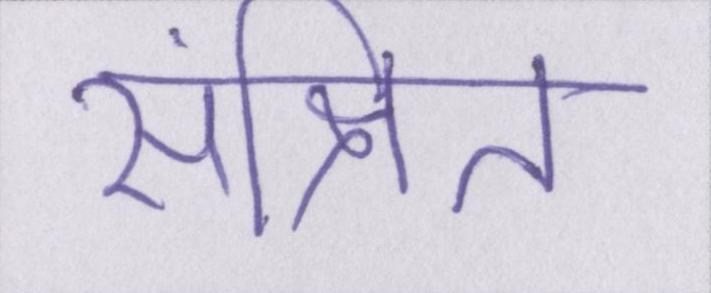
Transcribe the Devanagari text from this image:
संक्षित